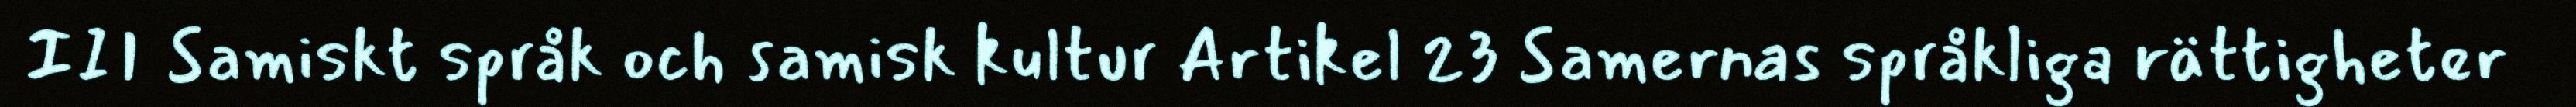
III Samiskt språk och samisk kultur Artikel 23 Samernas språkliga rättigheter